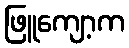
ဖြူကျော့က